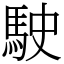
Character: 駛